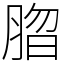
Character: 䐇